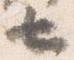
七